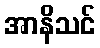
အာနိသင်